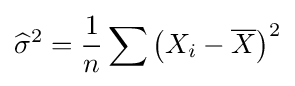
{\widehat {\sigma }}^{2}={\frac {1}{n}}\sum \left(X_{i}-{\overline {X}}\right)^{2}